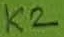
Text: K2